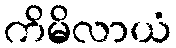
ကိမိလာယံ